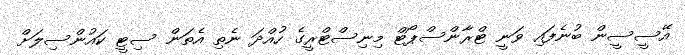
އޭސީސީން ބުނެފައި ވަނީ ޓްރާންސްޕޯޓް މިނިސްޓްރީގެ ހުއްދަ ނެތި އެތަން ސިޓީ ކައުންސިލަށް